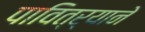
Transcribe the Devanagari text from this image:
पावित्र्याने